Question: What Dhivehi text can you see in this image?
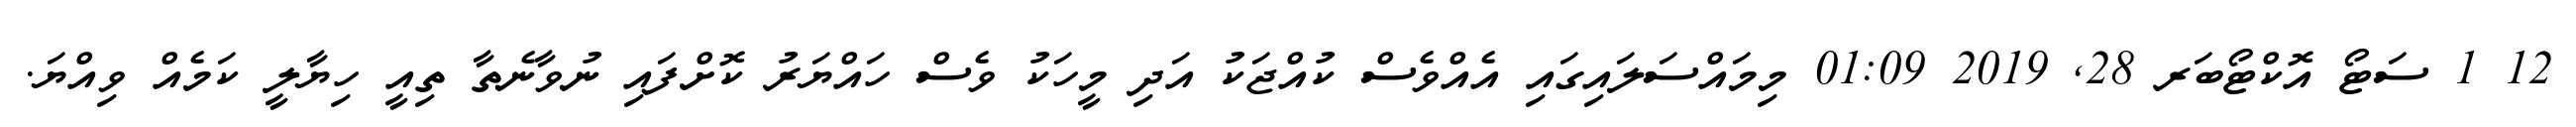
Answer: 12 1 ސަޓޯ އޮކްޓޯބަރ 28, 2019 01:09 މިމައްސަލައިގައި އެއްވެސް ކުއްޖަކު އަދި މީހަކު ވެސް ހައްޔަރު ކޮށްފައި ނުވާނެތާ ތިއީ ހިޔާލީ ކަމެއް ވިއްޔަ.